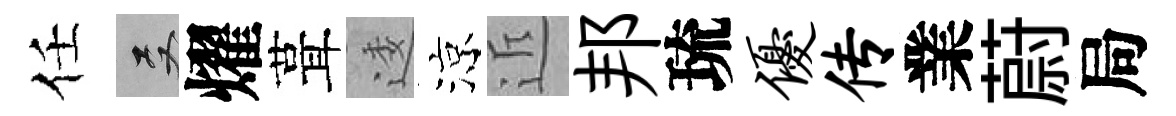
任双燿葺逶涼近邦琉优传業蔚局